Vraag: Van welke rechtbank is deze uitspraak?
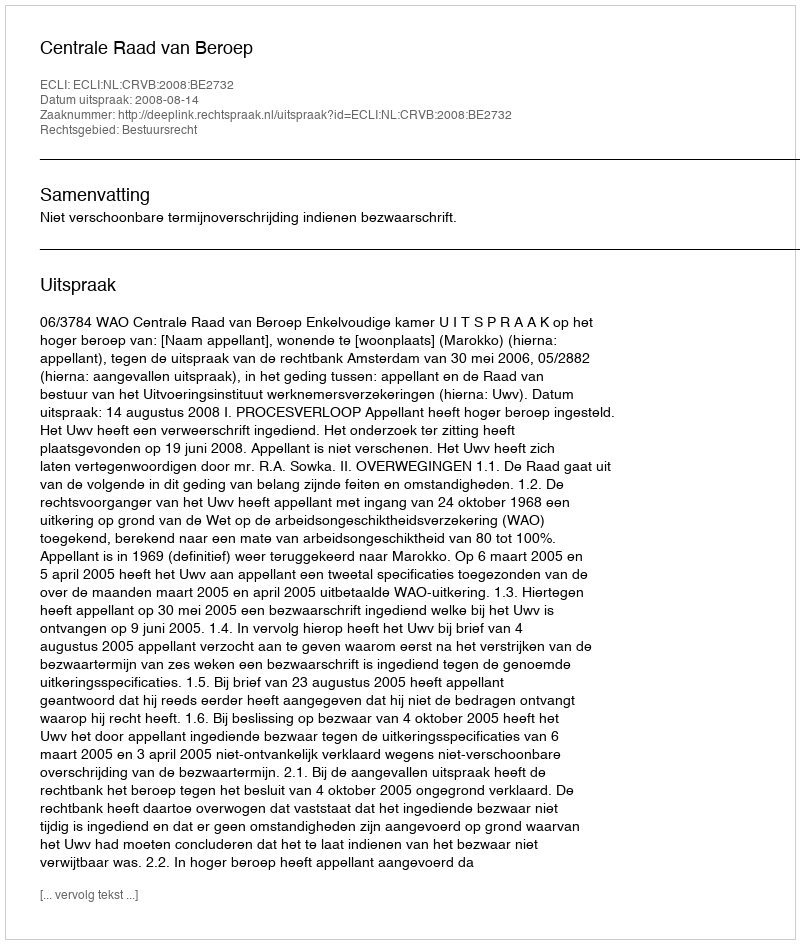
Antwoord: Centrale Raad van Beroep